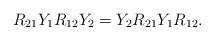
LaTeX: \begin{align*}R_{21} Y_1 R_{12} Y_2 = Y_2 R_{21} Y_1 R_{12}.\end{align*}